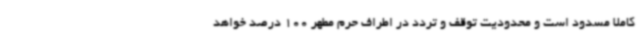
کاملا مسدود است و محدودیت توقف و تردد در اطراف حرم مطهر 100 درصد خواهد